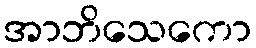
အာဘိသေကော